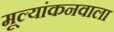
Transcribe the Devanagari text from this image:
मूल्यांकनवाला